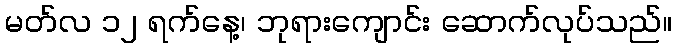
မတ်လ ၁၂ ရက်နေ့၊ ဘုရားကျောင်း ဆောက်လုပ်သည်။